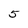
Character: 5